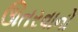
ઊતરવાનો